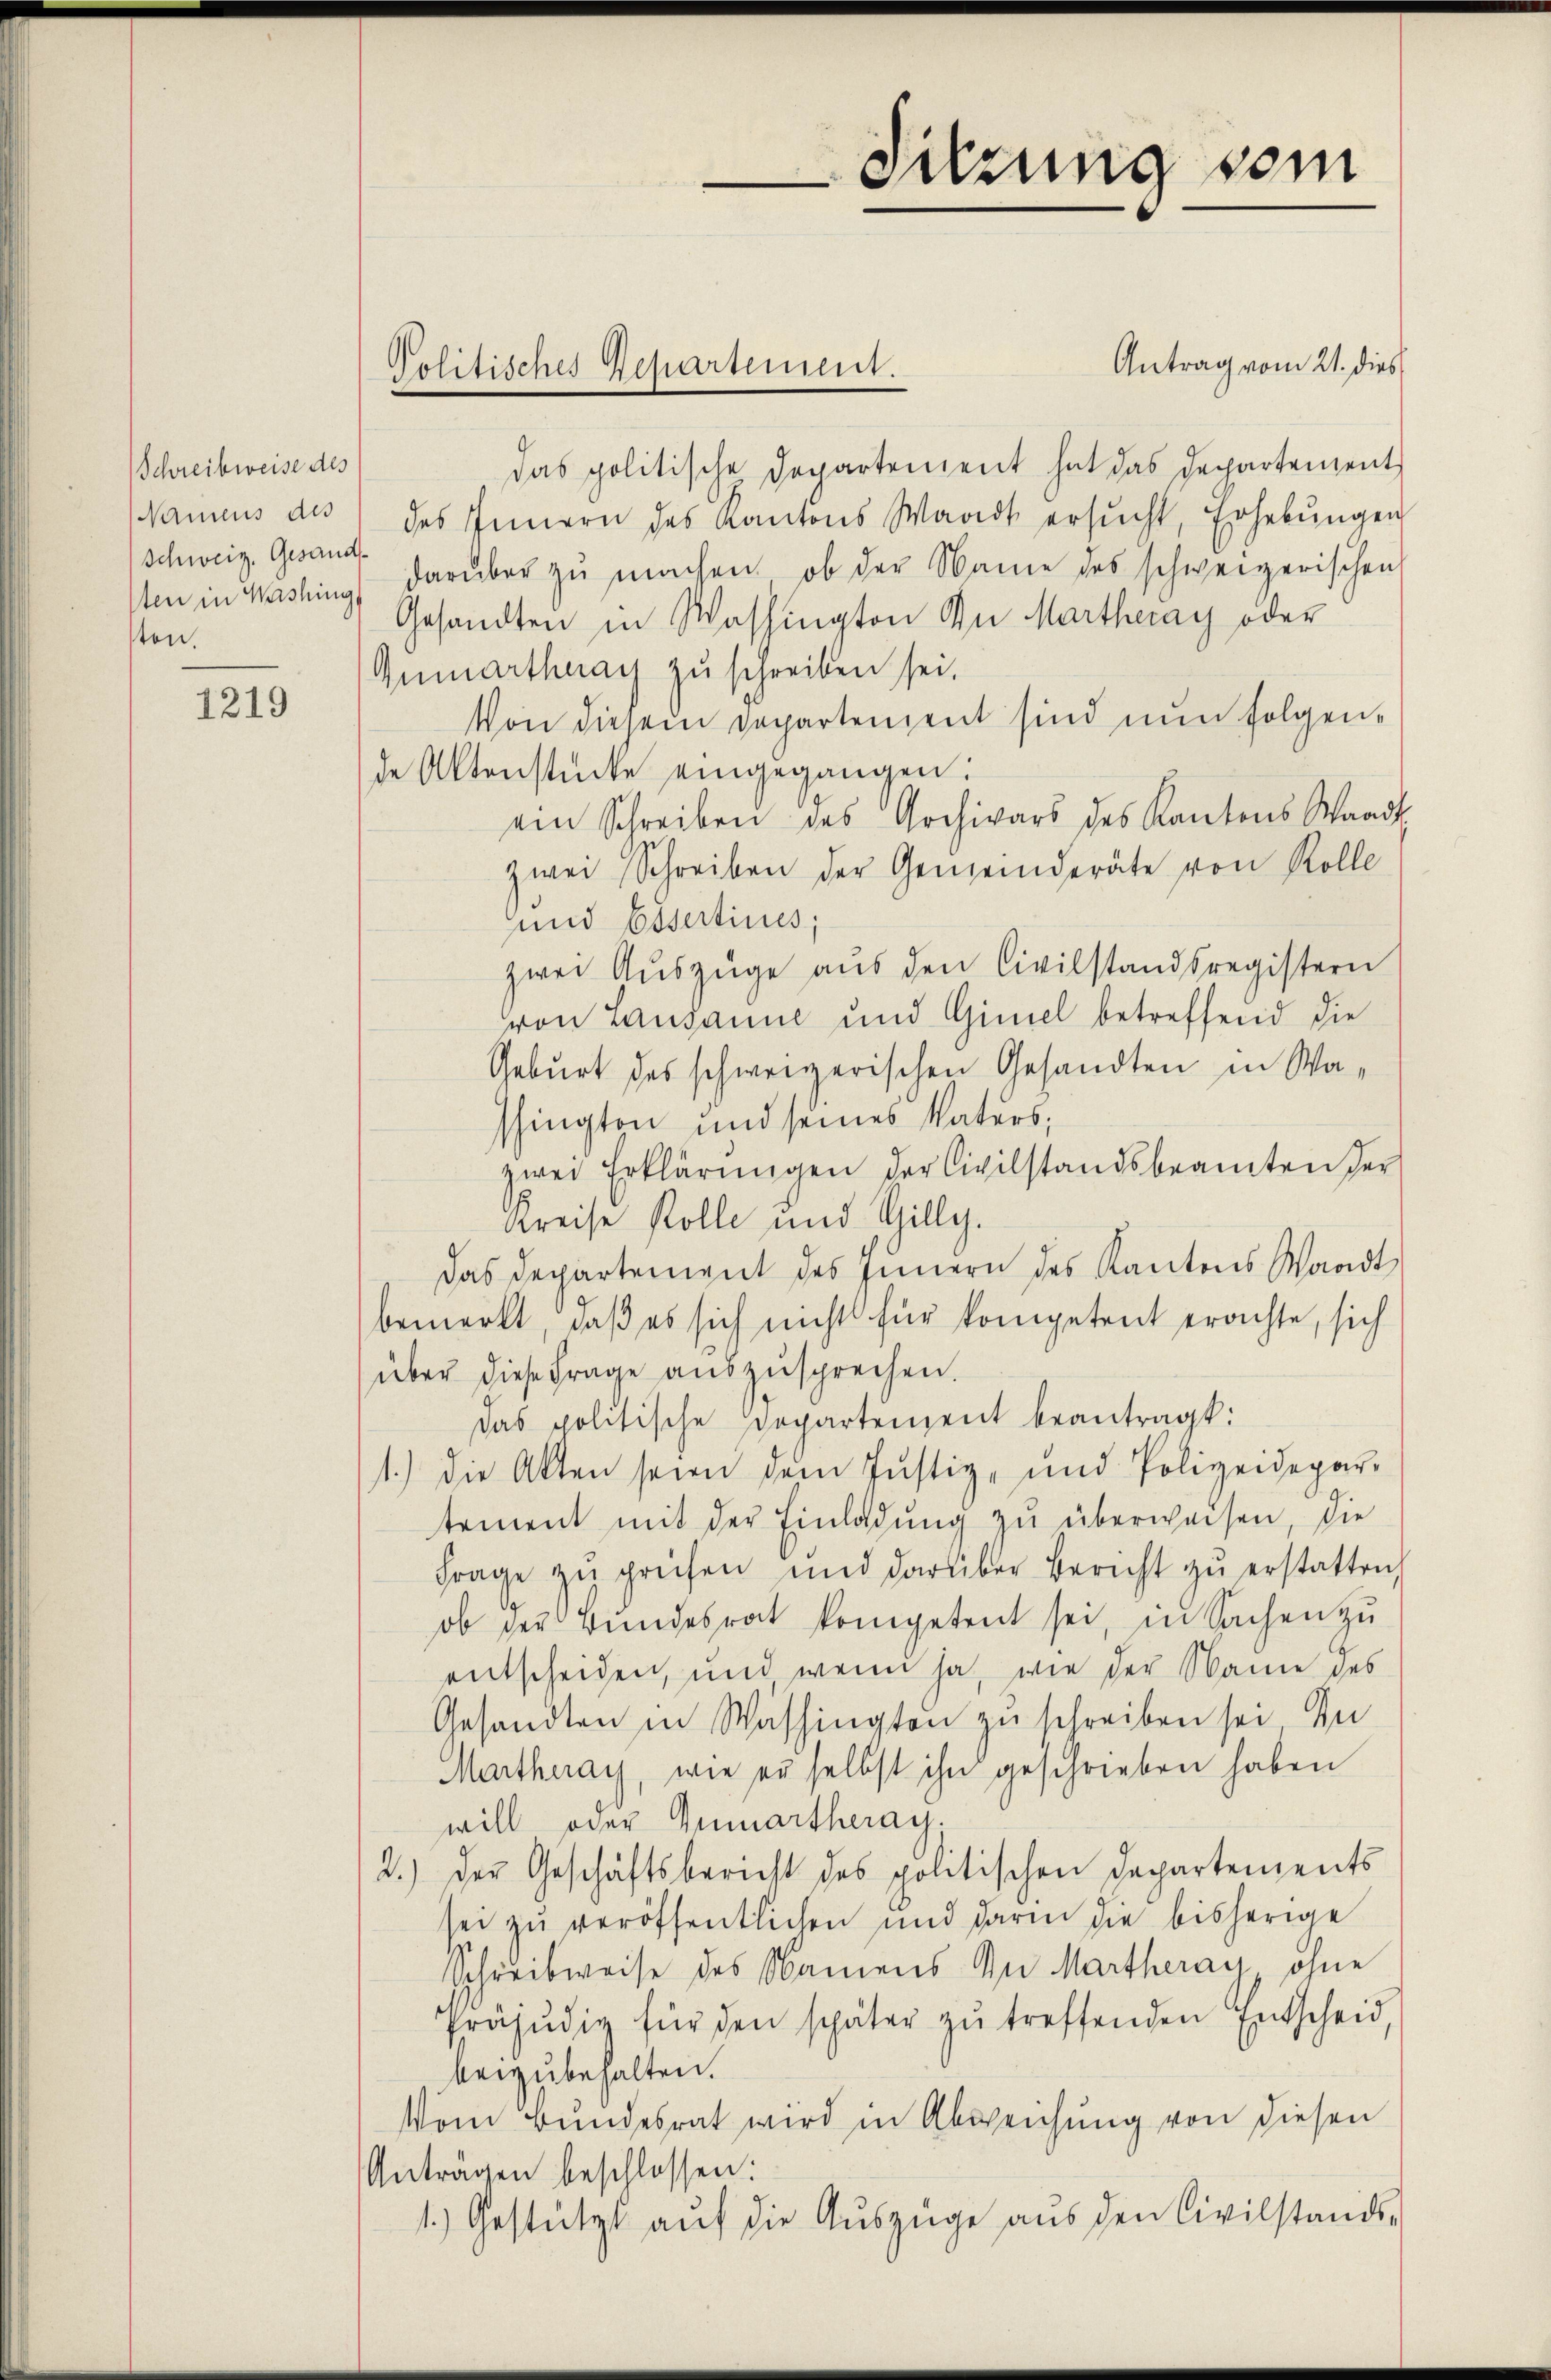
Schreibweise des
Namens des
Schweiz. Gesandt
sten.

1219

Antrag vom 21. dies
das politische Departement hat das Departement
des Innern des Kantons Waadt ersŭcht, Erhebŭngen
ten in Washing, darüber zŭ machen, ob der Name des schweizerischen
Gesandten in Washington Zu Martheray oder
Gumarthaag zu schreiben sei.
Von diesem Departement sind nun folgende Altenstücke eingegangen:
ein Schreiben des Archivars des Kantons Waadt
zwei Schreiben der Gemeinderäte von Rolle
und Essertiues;
zwei Auszüge aus den Civilstandsregistern
von Lausanne und Gimel betreffend die
Geburt des schweizerischen Gesandten in Washingten und seines Vaters,
zwei Erklärŭngen der Civilstandsbeamten der
Kreise Rolle und Gilly.
Das Departement des Innern des Kantons Waadt,
bemerkt, daß es sich nicht für kompetent erachte, sich
über diese Frage auszusprechen.
das politische Departenzent beantragt:
1.) Die Akten seien dem Justiz- und Polizeidepar-
tement mit der Einladŭng zŭ überweisen, die
Frage zŭ prüfen und darüber Bericht zŭ erstatten
ob der Bundesrat kompetent sei, in Sachen zu
entscheiden, und wenn ja, wie der Name des
Gesandten in Washington zu schreiben sei, die
Martheray, wie er selbst ihn geschrieben haben
will oder Zunartheray,
2.) Der Geschäftsbericht des politischen Departements
sei zu veröffentlichen und darin die bisherige
Schreibweise des Namens zu Martheray ohne
Präjŭdig für den später zŭ treffenden Entscheid,
beizubehalten.
Vom Bundesrat wird in Abweichung von diesen
Anträgen beschlossen:
1.) Gestützt aŭf die Auszüge aus den Civilstands-

Politisches Departement.

Sitzung vom